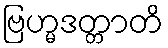
ဗြဟ္မဒတ္တာတိ